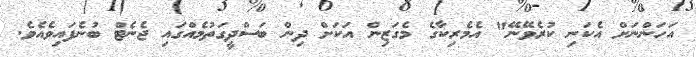
އަހަންނަށް އެކަނި ކުރެވޭނޭ" އެމެރިކާގެ މެގަޒިން އަކަށް ދިން ބަސްދީގަތުމެއްގައި ޖެނެޓް ބުނެފައިވެއެވެ.